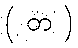
( တ )